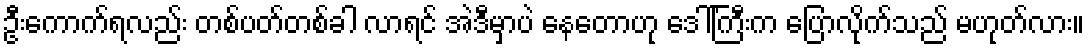
ဦးကောက်ရလည်း တစ်ပတ်တစ်ခါ လာရင် အဲဒီမှာပဲ နေတောဟု ဒေါ်ကြီးက ပြောလိုက်သည် မဟုတ်လား။